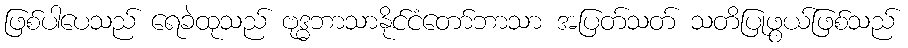
ဖြစ်ပါပေသည် ရေခဲထုသည် ဗုဒ္ဓဘာသာနိုင်ငံတော်ဘာသာ အပြတ်သတ် သတိပြုဖွယ်ဖြစ်သည်